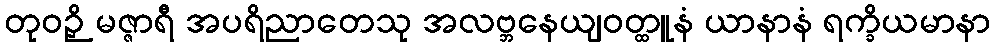
တုဝဉှိ မဇ္ဇာရီ အပရိညာတေသု အလဗ္ဘနေယျဝတ္ထူနံ ယာနာနံ ရက္ခိယမာနာ